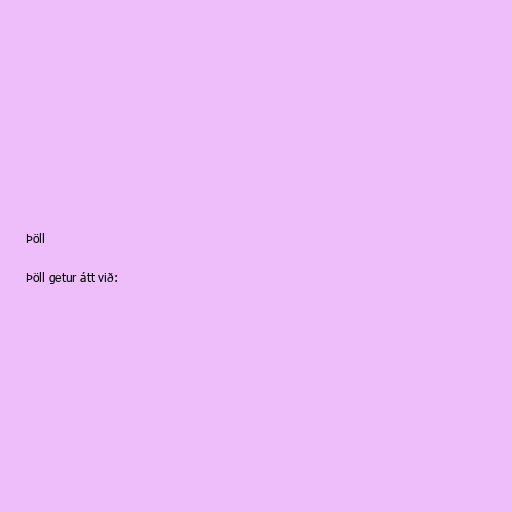
Þöll

Þöll getur átt við: